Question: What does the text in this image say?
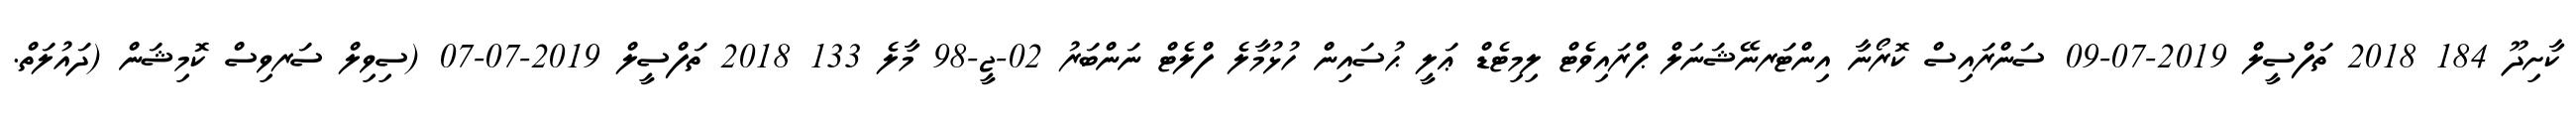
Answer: ކާށިދޫ 184 2018 ތަފްސީލް 2019-07-09 ސަންރައިސް ކޮރޯނާ އިންޓަރނޭޝަނަލް ޕްރައިވެޓް ލިމިޓެޑް ޢަލީ ޙުސައިން ހުޅުމާލެ ފްލެޓް ނަންބަރު 02-ޖީ-98 މާލެ 133 2018 ތަފްސީލް 2019-07-07 (ސިވިލް ސަރވިސް ކޮމިޝަން (ދައުލަތް.